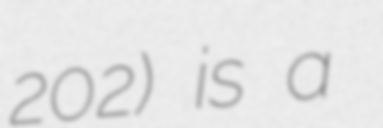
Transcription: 202) is a